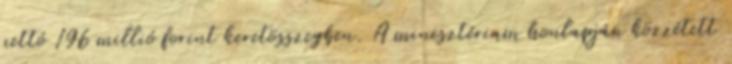
nettó 196 millió forint keretösszegben. A minisztérium honlapján közzétett